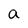
Character: a